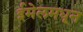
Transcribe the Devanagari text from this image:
ईमेलमधून